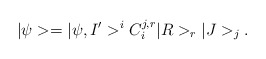
\begin{align*}|\psi> = |\psi,I'>^{i}C^{j,r}_{i}|R>_{r}|J>_{j}.\end{align*}